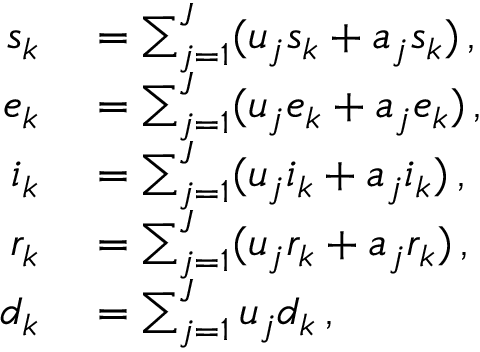
\begin{array} { r l } { s _ { k } } & { { } = \sum _ { j = 1 } ^ { J } ( u _ { j } s _ { k } + a _ { j } s _ { k } ) \, , } \\ { e _ { k } } & { { } = \sum _ { j = 1 } ^ { J } ( u _ { j } e _ { k } + a _ { j } e _ { k } ) \, , } \\ { i _ { k } } & { { } = \sum _ { j = 1 } ^ { J } ( u _ { j } i _ { k } + a _ { j } i _ { k } ) \, , } \\ { r _ { k } } & { { } = \sum _ { j = 1 } ^ { J } ( u _ { j } r _ { k } + a _ { j } r _ { k } ) \, , } \\ { d _ { k } } & { { } = \sum _ { j = 1 } ^ { J } u _ { j } d _ { k } \, , } \end{array}